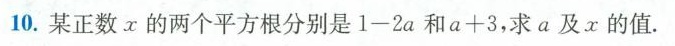
10.某正数x的两个平方根分别是$$1-2a$$和$$a+3$$，求a及x的值.